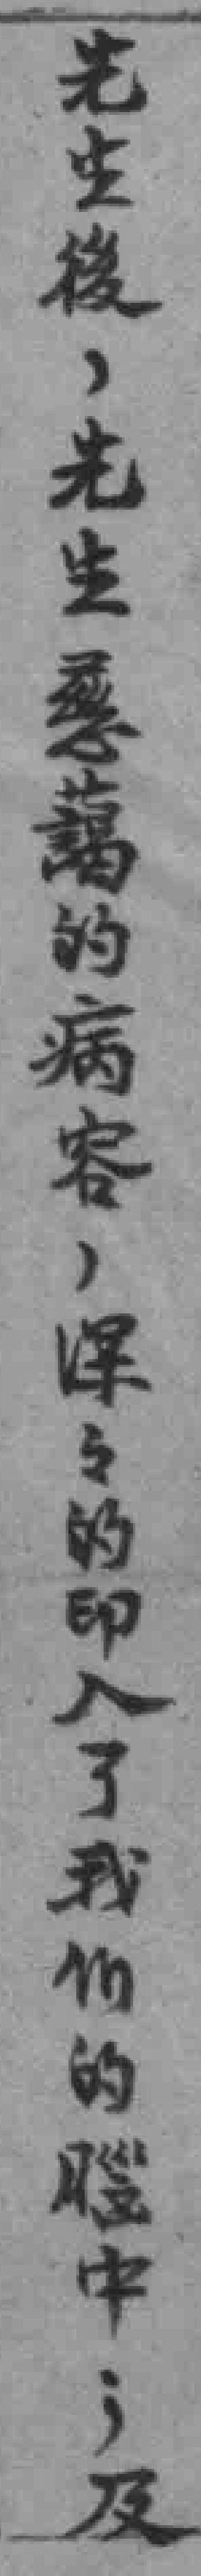
先生後，先生慈藹的病容，深々的印入了我们的腦中；及